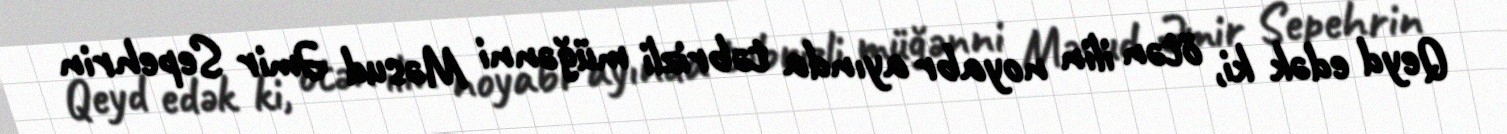
Qeyd edək ki, ötən ilin noyabr ayında təbrizli müğənni Məsud Əmir Sepehrin